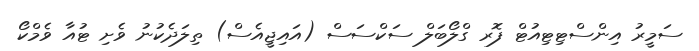
ސަމީރު އިންސްޓިޓިއުޓް ފޮރ ގްލޯބަލް ސަކްސަސް (އައިޖީއެސް) ތިލަދެކުނު ވެށި ޓުއާ ވެމްކޯ